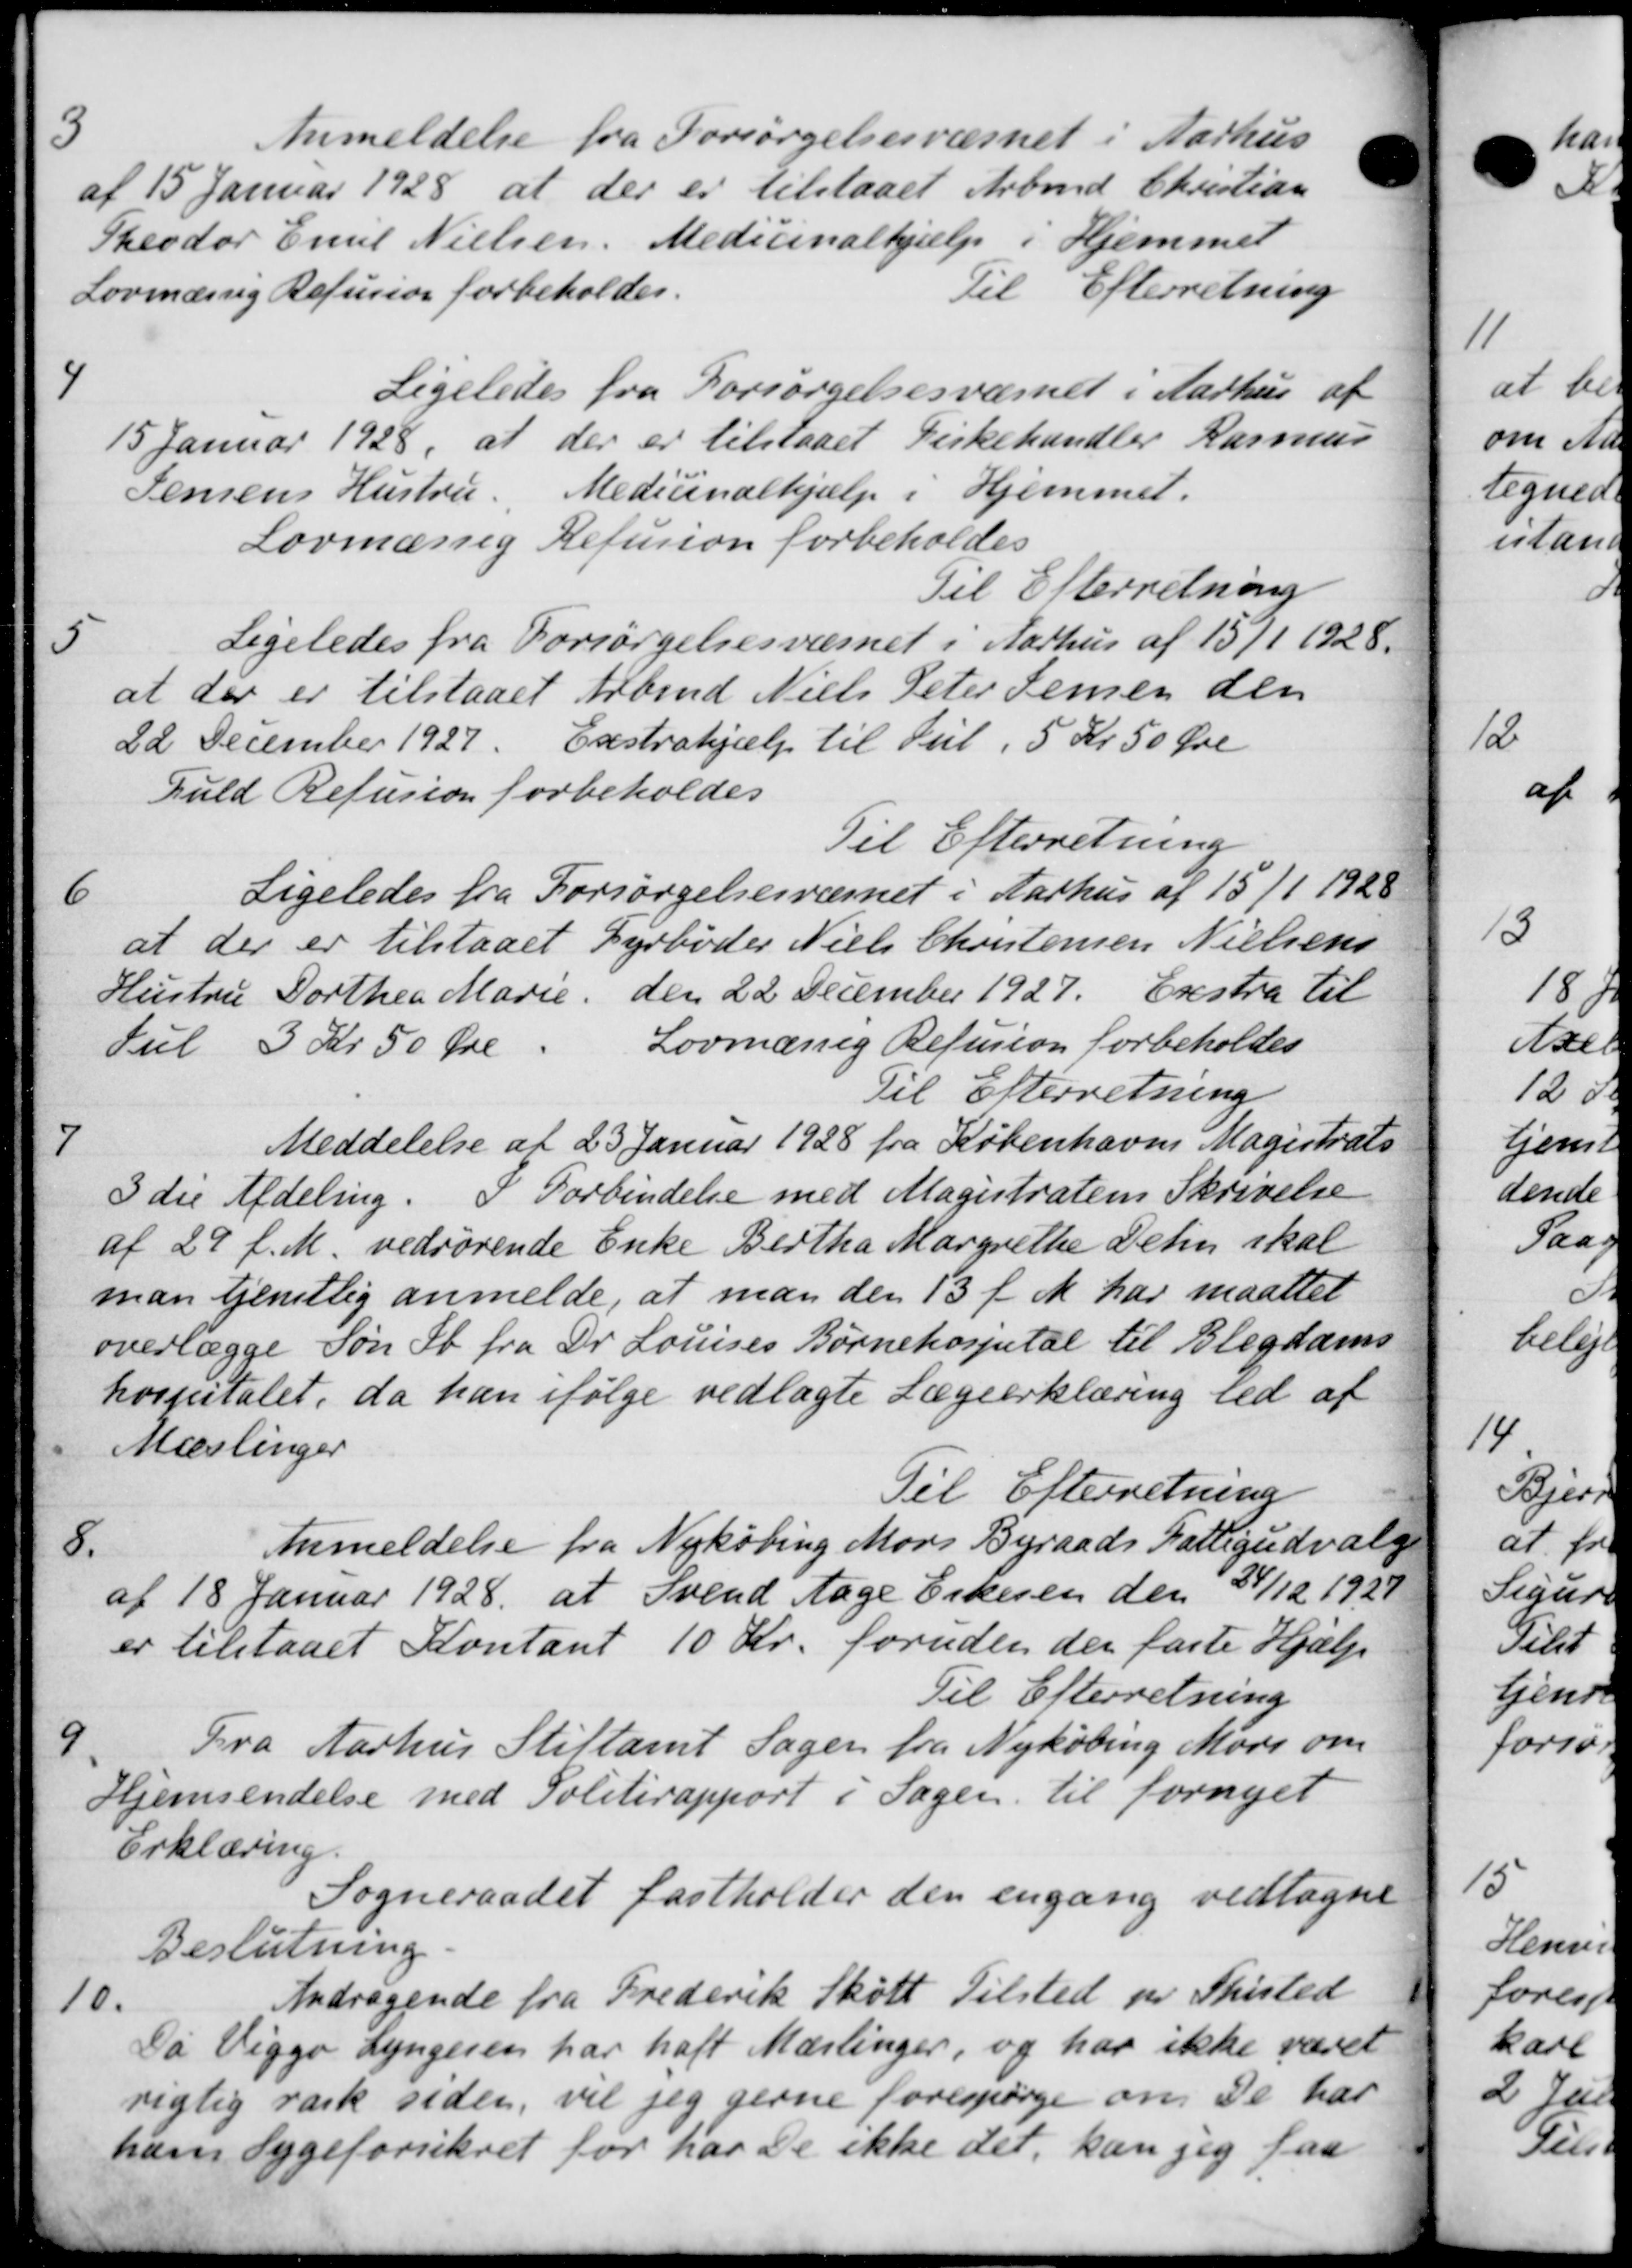
Transskription:
3
Anmeldelse fra Forsørgelsesvæsnet i Aarhus
af 15 Januar 1928 at der er tilstaaet Arbmd Christian
Theodor Emil Nielsen. Medicinalhjælp i Hjemmet
Lovmæssig Refusion forbeholdes.
Til Efterretning
4
Ligeledes fra Forsørgelsesvæsnet i Aarhus af
15 Januar 1928, at der er tilstaaet Kirkehandler Rasmus
Jensens Hustru. Medicinalhjælp i Hjemmet.
Lovmæssig Refusion forbeholdes
Til Efterretning

Ligeledes fra Forsørgelsesvæsnet i Aarhus af 15/1 1928.
at der er tilstaaet Arbmd Niels Peter Jensen den
22 December 1927. Exstrahjælp til Jul, 5 Kr 50 Øre
fuld Refusion forbeholdes
Til Efterretning

Ligeledes fra Forsørgelsesvæsnet i Aarhus af 15/1 1920
at der er tilstaaet Dyrbøder Niels Christensen Nielsens
Hustru Dorthea Marie den 22 December 1927. Exstra til
Tul 3 Kr 50 Øre.
Lovmæssig Refusion forbeholdes
Til Efterretning
7
Meddelelse af 23 Januar 1928 fra Københavns Magistra
3 die Afdeling. I Forbindelse med Magistratens Skrivelse
af 29 f. M. vedrørende Enke Bertha Margrethe Delin skal
man tjenstlig anmelde, at man den 13 f. M. har maattet
overlægge Søn St. fra Dr Louises Børnehospital til Blegdam
hospitalet, da han ifølge vedlagte Lægeerklæring tid af
Mæslinger
Til Efterretning
8.
Anmeldelse fra Nykøbing Mors Byraads Fattigudvalg
af 18 Januar 1928. at Svend Aage Erkesen den 24/12 1928
er tilstaaet Kontant 10 Kr. foruden der faste Hjælp
Til Efterretning
9.
Fra Aarhus Stiftamt Sager fra Nykøbing Møde om
Hjemsendelse med Politirapport i Sagen til fornyet
Erklæring.
Sogneraadet fastholder den engang vedtagne
Beslutning
10.
Andragende fra Frederik Skott Tilsted pr. Thisted
Da Viggo Lyngesen har haft Mærlinger, og har ikke været
rigtig vask sider, vil jeg gerne forespørge om De har
hans Sygeforsikret for har de ikke det kan jeg